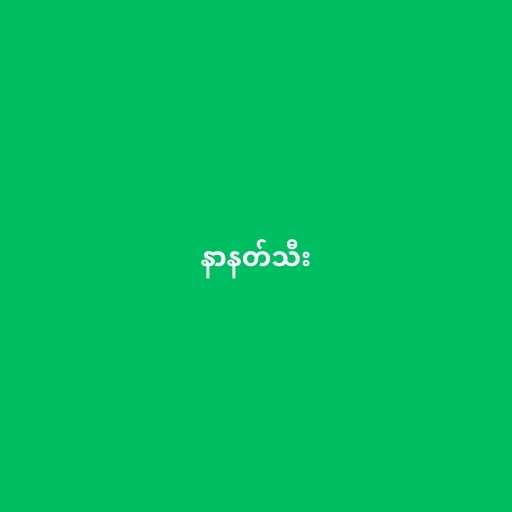
နာနတ်သီး